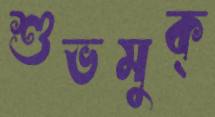
শুভমুক্